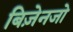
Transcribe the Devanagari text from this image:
बिज़ेनजो